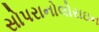
સોપરાનોલોરાઇન